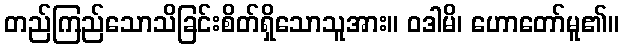
တည်ကြည်သောသိခြင်းစိတ်ရှိသောသူအား။ ဝဒါမိ၊ ဟောတော်မူ၏။